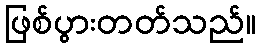
ဖြစ်ပွားတတ်သည်။